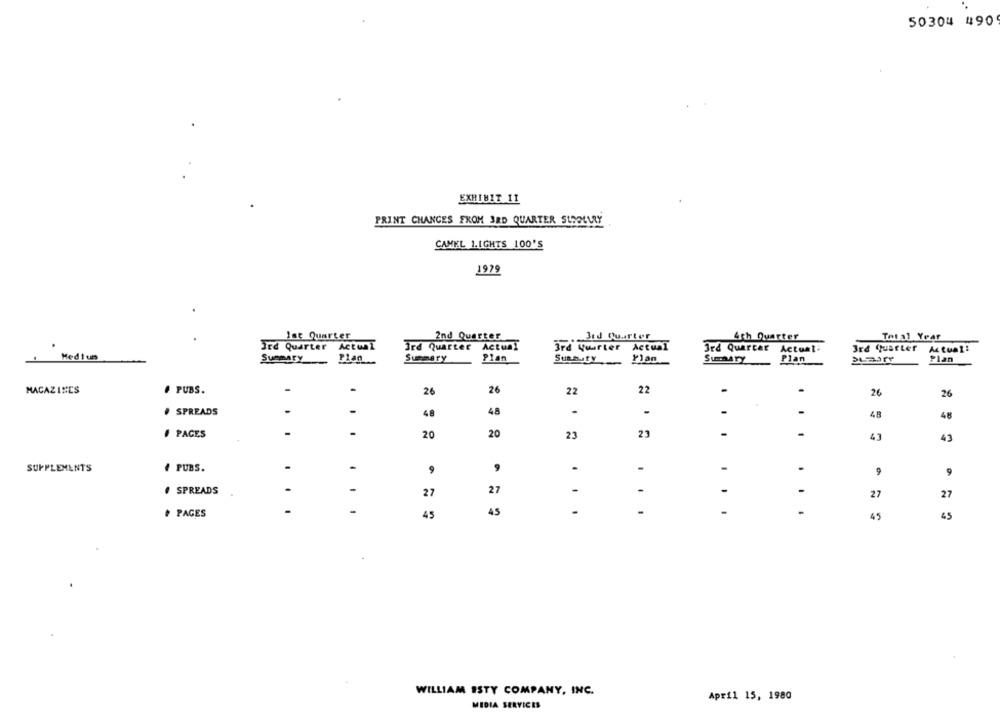
50304 490
EXHIBIT 11
PRINT CHANGES FROM 3RD QUARTER SUROLLRY
CAMEL 1.IGHTS 100'S
1979
Ist Quarter
2nd Quarter
. Jid Quarter
4th Quarter
Total Year
3rd Quarter Actual
Ird Quarter Actual
3rd yourler Actual
3rd Quarter Actual:
3rd Quarter Actual:
Medium
Summary
Plan
Summary
Plan
Sussify
Ylan
Plan
Plan
MAGAZINES
. PUBS.
-
26
26
22
22
26
26
SPREADS
.
-
48
4.8
-
-
-
48
PACES
-
20
20
23
23
-
43
43
SUPPLEMENTS
PUBS.
-
.
-
-
9
SPREADS
.
-
27
27
-
-
-
27
27
-
-
# PAGES
45
45
-
-
-
45
45
WILLIAM ISTY COMPANY, INC.
April 15, 1980
MIDIA SERVICES